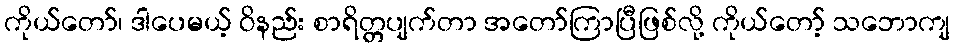
ကိုယ်တော်၊ ဒါပေမယ့် ဝိနည်း စာရိတ္တပျက်တာ အတော်ကြာပြီဖြစ်လို့ ကိုယ်တော့် သဘောကျ